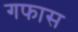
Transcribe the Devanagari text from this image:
गफास